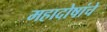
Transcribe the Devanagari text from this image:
महादोषांचे